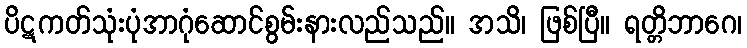
ပိဋကတ်သုံးပုံအာဂုံဆောင်စွမ်းနားလည်သည်။ အသိ၊ ဖြစ်ပြီ။ ရတ္တိဘာဂေ၊